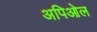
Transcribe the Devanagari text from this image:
अपिओल